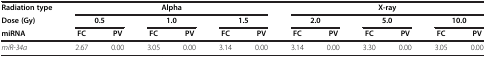
<table><thead><tr><td><b>Radiation type</b></td><td colspan="6"><b>Alpha</b></td><td colspan="6"><b>X-ray</b></td></tr><tr><td><b>Dose (Gy)</b></td><td colspan="2"><b>0.5</b></td><td colspan="2"><b>1.0</b></td><td colspan="2"><b>1.5</b></td><td colspan="2"><b>2.0</b></td><td colspan="2"><b>5.0</b></td><td colspan="2"><b>10.0</b></td></tr><tr><td><b>miRNA</b></td><td><b>FC</b></td><td><b>PV</b></td><td><b>FC</b></td><td><b>PV</b></td><td><b>FC</b></td><td><b>PV</b></td><td><b>FC</b></td><td><b>PV</b></td><td><b>FC</b></td><td><b>PV</b></td><td><b>FC</b></td><td><b>PV</b></td></tr></thead><tbody><tr><td><i>miR-34a</i></td><td>2.67</td><td>0.00</td><td>3.05</td><td>0.00</td><td>3.14</td><td>0.00</td><td>3.14</td><td>0.00</td><td>3.30</td><td>0.00</td><td>3.05</td><td>0.00</td></tr></tbody></table>